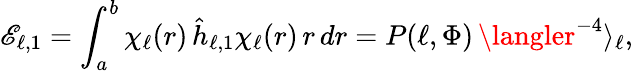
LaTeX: \mathscr{E}_{\ell,1}=\int_{a}^{b}\chi_{\ell}(r)\, \hat{{h}}_{\ell,1}\chi_{\ell}(r)\, r\, dr=P(\ell,\Phi)\, \langler^{-4}\rangle_{\ell},